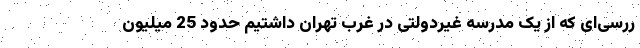
ررسی‌ای که از یک مدرسه غیردولتی در غرب تهران داشتیم حدود 25 میلیون